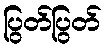
ပြွတ်ပြွတ်